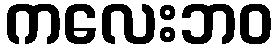
ကလေးဘဝ